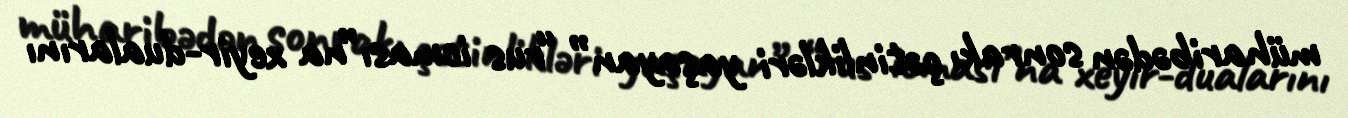
müharibədən sonrakı çətinlikləri yaşayan” “rus icması”na xeyir-dualarını